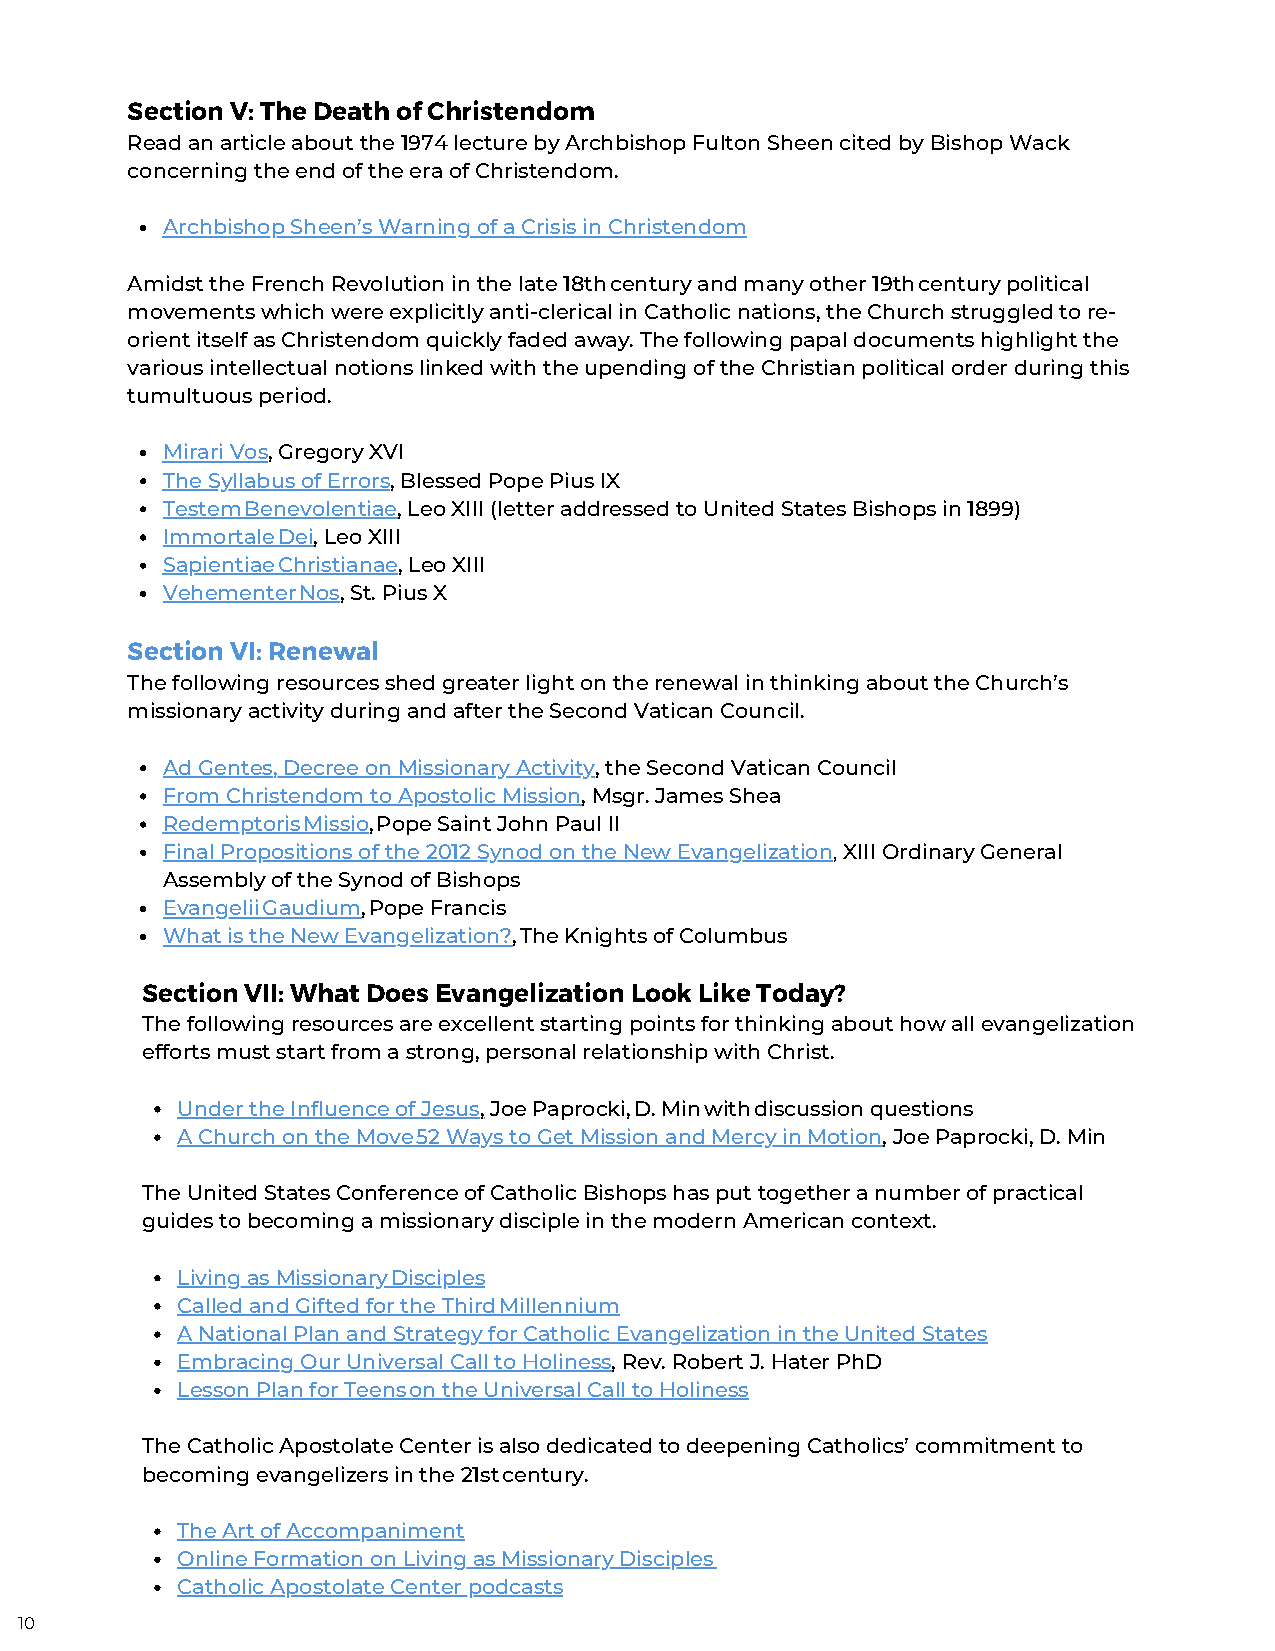
Section V: The Death of Christendom
 Read an article about the 1974 lecture by Archbishop Fulton Sheen cited by Bishop Wack
 concerning the end of the era of Christendom.
 Archbishop Sheen’s Warning of a Crisis in Christendom
 Amidst the French Revolution in the late 18th century and many other 19th century political
 movements which were explicitly anti-clerical in Catholic nations, the Church struggled to re-
 orient itself as Christendom quickly faded away. The following papal documents highlight the
 various intellectual notions linked with the upending of the Christian political order during this
 tumultuous period.
 Mirari Vos, Gregory XVI
 The Syllabus of Errors, Blessed Pope Pius IX
 Testem Benevolentiae, Leo XIII (letter addressed to United States Bishops in 1899)
 Immortale Dei, Leo XIII
 Sapientiae Christianae, Leo XIII
 Vehementer Nos, St. Pius X
 Section VI: Renewal
 The following resources shed greater light on the renewal in thinking about the Church’s
 missionary activity during and after the Second Vatican Council.
 Ad Gentes, Decree on Missionary Activity, the Second Vatican Council
 From Christendom to Apostolic Mission, Msgr. James Shea
 Redemptoris Missio, Pope Saint John Paul II
 Final Propositions of the 2012 Synod on the New Evangelization, XIII Ordinary General
 Assembly of the Synod of Bishops
 Evangelii Gaudium, Pope Francis
 What is the New Evangelization?, The Knights of Columbus
 Section VII: What Does Evangelization Look Like Today?
 The following resources are excellent starting points for thinking about how all evangelization
 efforts must start from a strong, personal relationship with Christ.
 Under the Influence of Jesus, Joe Paprocki, D. Min with discussion questions
 A Church on the Move 52 Ways to Get Mission and Mercy in Motion, Joe Paprocki, D. Min
 The United States Conference of Catholic Bishops has put together a number of practical
 guides to becoming a missionary disciple in the modern American context.
 Living as Missionary Disciples
 Called and Gifted for the Third Millennium
 A National Plan and Strategy for Catholic Evangelization in the United States
 Embracing Our Universal Call to Holiness, Rev. Robert J. Hater PhD
 Lesson Plan for Teens on the Universal Call to Holiness
 The Catholic Apostolate Center is also dedicated to deepening Catholics’ commitment to
 becoming evangelizers in the 21st century.
 The Art of Accompaniment
 Online Formation on Living as Missionary Disciples
 Catholic Apostolate Center podcasts
 10